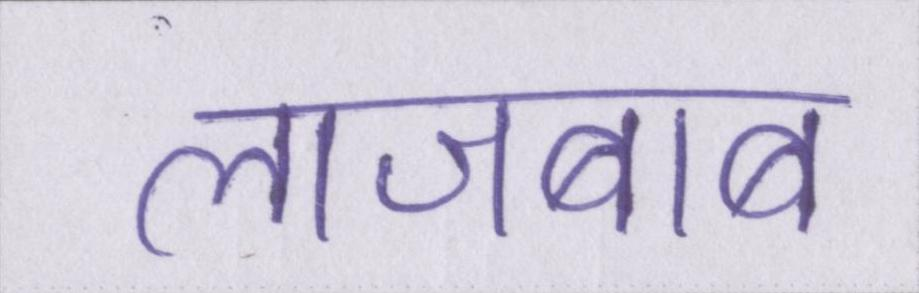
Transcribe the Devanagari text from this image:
लाजबाब